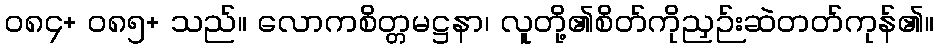
၀၈၄+ ၀၈၅+ သည်။ လောကစိတ္တမဋ္ဌနာ၊ လူတို့၏စိတ်ကိုညှဉ်းဆဲတတ်ကုန်၏။